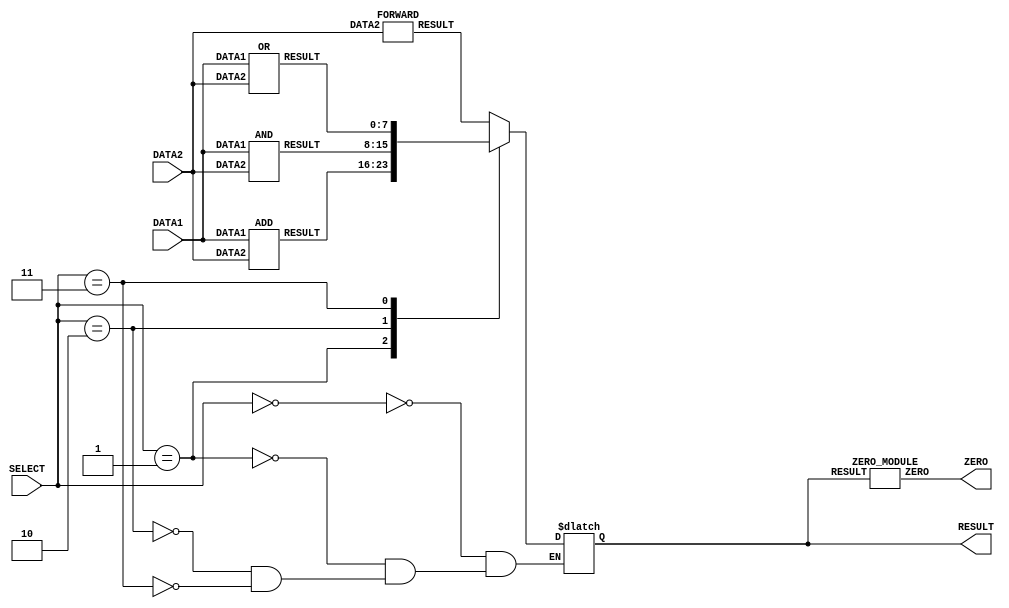
// alu module
// Add new output(ZERO) to the alu module                                                   /* */                                                
module alu(DATA1, DATA2, RESULT, SELECT , ZERO);                               
input [7:0] DATA1 , DATA2; // set data1 and data2 as 8 bit inputs
input [2:0] SELECT; // set select as 3 bit input
output reg [7:0] RESULT; // set result as 8 bit output register
output ZERO; // set ZERO as a output                                                        /* */

// Initialize 8 bit wires for storing outputs of the functional modules. 
wire  [7:0] forward_o , add_o , and_o , or_o;


// create instances of each functional modules.
FORWARD forward (DATA2, forward_o); 
ADD add_ (DATA1 , DATA2, add_o); 
AND and_ (DATA1 , DATA2, and_o); 
OR or_ (DATA1 , DATA2, or_o);   

/* 
    Create a instance of the  ZERO_MODULE                       
    RESULT : OUTPUT of the ALU
*/
ZERO_MODULE zero_m(RESULT , ZERO);                                                          /* */                           

/* always block                                                     
   If output of any functional module instance changed (forward_o , add_o , and_o , or_o)
   this block will be executed.
*/      
always @ (forward_o , add_o , and_o , or_o , SELECT)            
    begin
        case (SELECT)
            3'b000: // If SELECT == 0
                begin
                    RESULT =  forward_o; // assign value of forward_o to RESULT
                end
                
            3'b001: // If SELECT == 1
                begin
                    RESULT =  add_o; // assign value of add_o to RESULT
                end
                
            3'b010: // If SELECT == 2
                begin
                    RESULT = and_o; // assign value of and_o to RESULT
                end
                
            3'b011: // If SELECT == 3
                begin
                    RESULT = or_o; // assign value of or_o to RESULT
                end
                
        endcase
    end
endmodule  


// FORWARD funtional module
module FORWARD(DATA2, RESULT);
input [7:0] DATA2 ; // set data2 as 8 bit input
output [7:0] RESULT; // set result as 8 bit output

assign #1 RESULT = DATA2;
endmodule  


// ADD funtional module
module ADD(DATA1, DATA2, RESULT);
input [7:0] DATA1 , DATA2; // set data1 and data2 as 8 bit inputs
output [7:0] RESULT; // set result as 8 bit output

assign #2 RESULT = DATA1 + DATA2;
endmodule 


// AND funtional module
module AND(DATA1, DATA2, RESULT);
input [7:0] DATA1 , DATA2; // set data1 and data2 as 8 bit inputs
output [7:0] RESULT; // set result as 8 bit output

assign #1 RESULT = DATA1 & DATA2;
endmodule 

// OR funtional module
module OR(DATA1, DATA2, RESULT);
input [7:0] DATA1 , DATA2; // set data1 and data2 as 8 bit inputs
output [7:0] RESULT; // set result as 8 bit output

assign #1 RESULT = DATA1 | DATA2;
endmodule 


/*
    ZERO_MODULE
    It checks the OUTPUT of the ALU. If it is 0 set ZERO as 1. Otherwise set ZERO as 0.
*/
module ZERO_MODULE(RESULT , ZERO);                                                          /* */
    input [7:0] RESULT; // set RESULT as a 8 bit input
    output ZERO; // set ZERO as a output
    wire a,b,c,d,e,f; // Declare some wires

    /*
        RESULT contains 8 wires.
        We use set of OR gates and one NOR gate to check whether the RESULT is 0 or not.
    */
    or(a , RESULT[0] , RESULT[1]);
    or(b , a , RESULT[2]);
    or(c , b , RESULT[3]);
    or(d , c , RESULT[4]);
    or(e , d , RESULT[5]);
    or(f , e , RESULT[6]);
    nor(ZERO , f , RESULT[7]);

endmodule 

// // Test bench module for testing purposes
// module Testbench; 
//     /* data1 , data2 , select are registers. 
//        They are used to give inputs for the alu module.
//     */
//     reg [7:0] data1 , data2; 
//     reg [2:0] select; 

//     // result is a 8 bit wire. This is used as the output of the alu module.
//     wire [7:0] result;
//     wire zero; 
    
//     // create instance of the alu module.
//     alu alu_t (data1 , data2 , result , select , zero); 
    
//     /* Initail block
//        This is used to change values of the input ports.
//     */
//     initial 
//     begin
//         // t = 0    data1 = 0   data2 = 0   select = 0 (FORWARD)
//         data1 = 8'b00000000 ; data2 = 8'b00000000 ; select = 3'b000; 


//         #5 
//         // t = 5    data1 = 4   data2 = 6   select = 0 (FORWARD)
//         data1 = 8'b00000100 ; data2 = 8'b00000110 ; select = 3'b000;

//         #5 
//         // t = 10    data1 = 4   data2 = 5   select = 1 (ADD)
//         data1 = 8'b00000100 ; data2 = 8'b00000101 ; select = 3'b001;

//         #5 
//         // t = 15    data1 = 5   data2 = 2   select = 2 (AND)
//         data1 = 8'b00000101 ; data2 = 8'b00000010 ; select = 3'b010;

//         #5 
//         // t = 20    data1 = 6   data2 = 6   select = 3 (OR)
//         data2 = 8'b00000110 ; data1 = 8'b00000110 ; select = 3'b011;
//     end 
    

//     /* Initial block
//        This is used for monitoring purposes.
//     */
//     initial  
//     begin
//         $monitor("%d,\t%b,\t%b,\t%b,\t%b,\t%b",$time, data1,data2,select,result,zero); 
//         // $monitor("%d,\t%d,\t%d,\t%d,\t%d",$time, data1,data2,select,result); 
//         $dumpfile ("simple_processor.vcd"); 
//         $dumpvars; 
//     end 
        
// endmodule